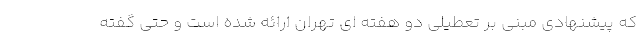
که پیشنهادی مبنی بر تعطیلی دو هفته ای تهران ارائه شده است و حتی گفته